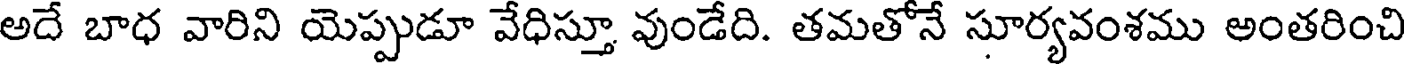
అదే బాధ వారిని యెప్పుడూ వేధిస్తూ వుండేది. తమతోనే సూర్యవంశము అంతరించి